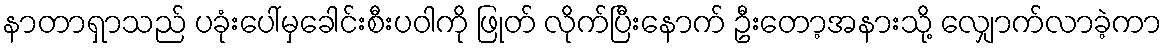
နာတာရှာသည် ပခုံးပေါ်မှခေါင်းစီးပဝါကို ဖြုတ် လိုက်ပြီးနောက် ဦးတော့အနားသို့ လျှောက်လာခဲ့ကာ